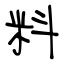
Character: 料